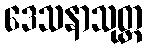
ဒေသနာသုတ္တ